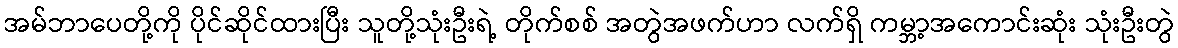
အမ်ဘာပေတို့ကို ပိုင်ဆိုင်ထားပြီး သူတို့သုံးဦးရဲ့ တိုက်စစ် အတွဲအဖက်ဟာ လက်ရှိ ကမ္ဘာ့အကောင်းဆုံး သုံးဦးတွဲ